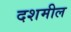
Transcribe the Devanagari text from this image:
दशमील